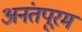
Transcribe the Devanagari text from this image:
अनंतपूरम